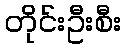
တိုင်းဦးစီး